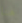
هنا